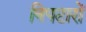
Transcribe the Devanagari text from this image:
निपटारों